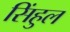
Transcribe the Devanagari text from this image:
सिंहुल